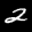
Label: 2